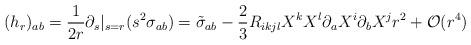
LaTeX: \begin{align*} (h_{r})_{ab}= \frac{1}{2r} \partial_{s}|_{s=r} (s^{2} \sigma_{ab}) = \tilde{\sigma}_{ab} - \frac{2}{3} R_{ikjl} X^{k}X^{l}\partial_{a} X^{i} \partial_{b} X^{j} r^{2} + \mathcal{O}(r^{4}) \end{align*}